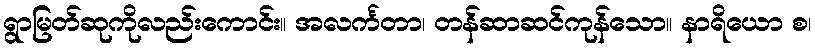
ရွာမြတ်ဆုကိုလည်းကောင်း။ အလင်္ကတာ၊ တန်ဆာဆင်ကုန်သော။ နာရိယော စ၊